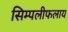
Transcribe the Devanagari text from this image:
सिम्पलीफलाय